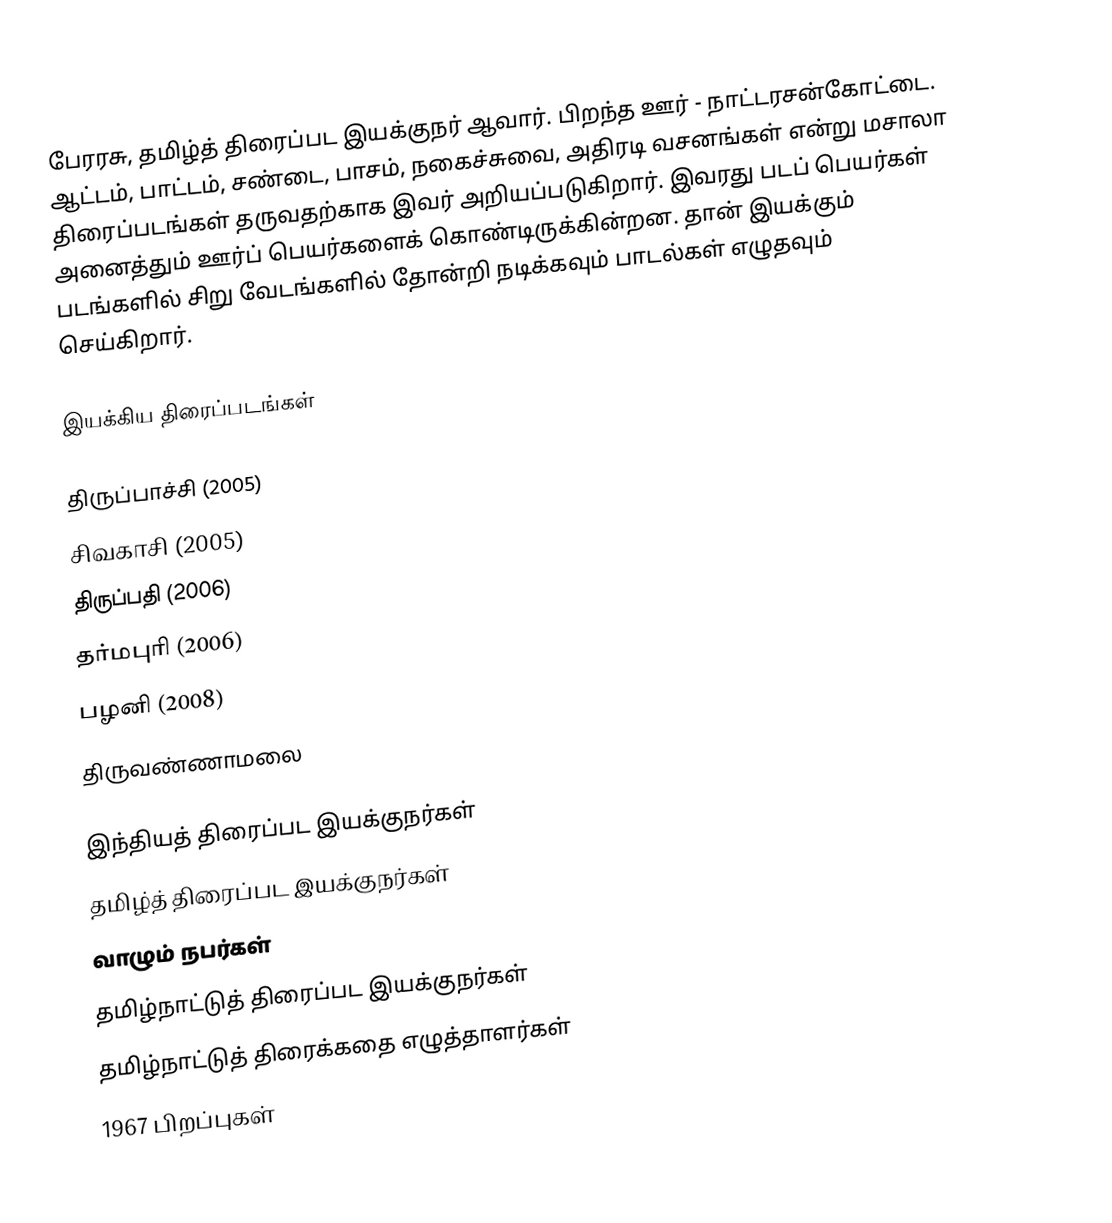
பேரரசு, தமிழ்த் திரைப்பட இயக்குநர் ஆவார். பிறந்த ஊர் - நாட்டரசன்கோட்டை. ஆட்டம், பாட்டம், சண்டை, பாசம், நகைச்சுவை, அதிரடி வசனங்கள் என்று மசாலா திரைப்படங்கள் தருவதற்காக இவர் அறியப்படுகிறார். இவரது படப் பெயர்கள் அனைத்தும் ஊர்ப் பெயர்களைக் கொண்டிருக்கின்றன. தான் இயக்கும் படங்களில் சிறு வேடங்களில் தோன்றி நடிக்கவும் பாடல்கள் எழுதவும் செய்கிறார்.

இயக்கிய திரைப்படங்கள்

 திருப்பாச்சி (2005)
 சிவகாசி (2005)
 திருப்பதி (2006)
 தர்மபுரி (2006)
 பழனி (2008)
 திருவண்ணாமலை

இந்தியத் திரைப்பட இயக்குநர்கள்
தமிழ்த் திரைப்பட இயக்குநர்கள்
வாழும் நபர்கள்
தமிழ்நாட்டுத் திரைப்பட இயக்குநர்கள்
தமிழ்நாட்டுத் திரைக்கதை எழுத்தாளர்கள்
1967 பிறப்புகள்